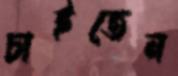
চাইতেন